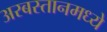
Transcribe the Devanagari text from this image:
अरबस्तानमध्ये